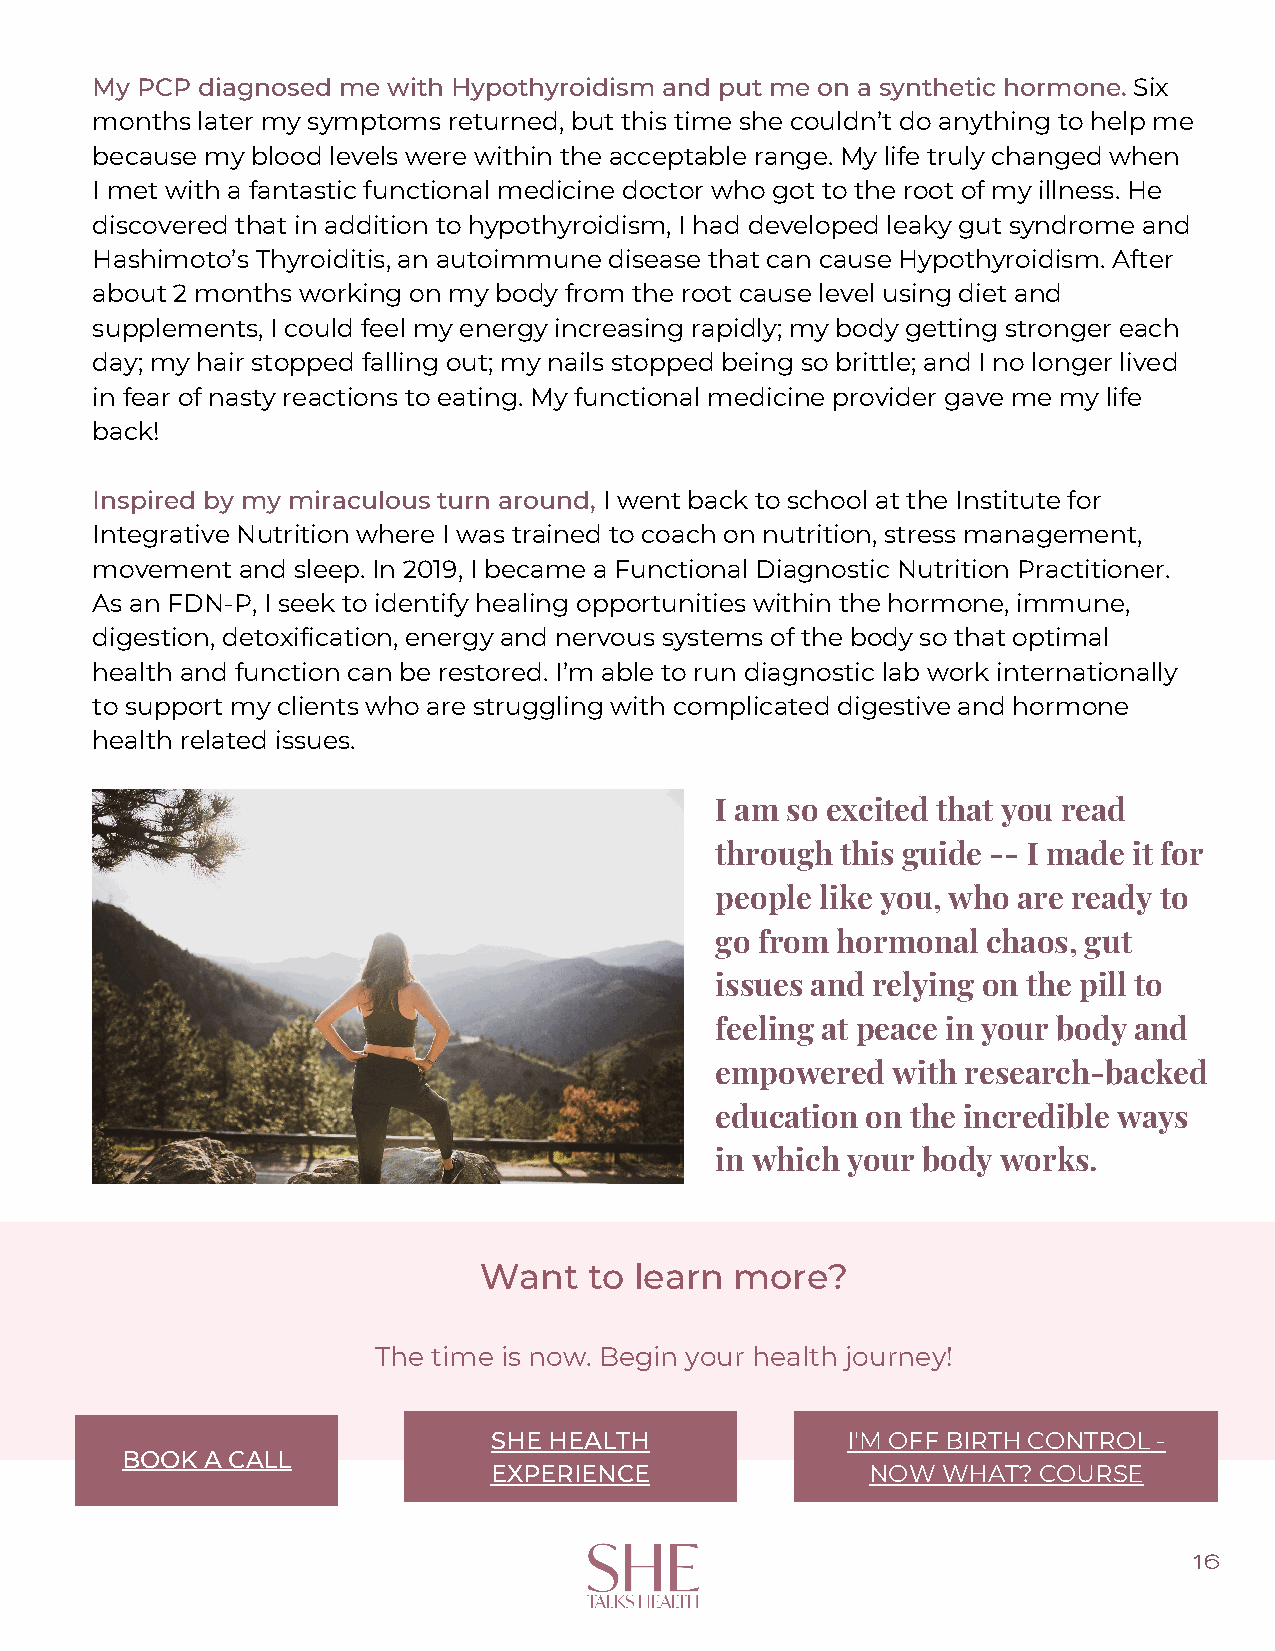
My PCP diagnosed me with Hypothyroidism and put me on a synthetic hormone. Six
 months later my symptoms returned, but this time she couldn’t do anything to help me
 because my blood levels were within the acceptable range. My life truly changed when
 I met with a fantastic functional medicine doctor who got to the root of my illness. He
 discovered that in addition to hypothyroidism, I had developed leaky gut syndrome and
 Hashimoto’s Thyroiditis, an autoimmune disease that can cause Hypothyroidism. After
 about 2 months working on my body from the root cause level using diet and
 supplements, I could feel my energy increasing rapidly; my body getting stronger each
 day; my hair stopped falling out; my nails stopped being so brittle; and I no longer lived
 in fear of nasty reactions to eating. My functional medicine provider gave me my life
 back!
 Inspired by my miraculous turn around, I went back to school at the Institute for
 Integrative Nutrition where I was trained to coach on nutrition, stress management,
 movement  and sleep. In 2019, I became a Functional Diagnostic Nutrition Practitioner.
 As an FDN-P, I seek to identify healing opportunities within the hormone, immune,
 digestion, detoxification, energy and nervous systems of the body so that optimal
 health and function can be restored. I’m able to run diagnostic lab work internationally
 to support my clients who are struggling with complicated digestive and hormone
 health related issues.
 I am so excited that you read
 through  this guide -- I made it for
 people like you, who are ready to
 go from hormonal  chaos, gut
 issues and relying on the pill to
 feeling at peace in your body and
 empowered   with research-backed
 education on the incredible ways
 in which your body works.
 Want   to learn  more?
 The time is now. Begin your health journey!
 SHE HEALTH             I'M OFF BIRTH CONTROL -
 BOOK  A CALL
 EXPERIENCE                NOW WHAT?  COURSE
 16